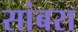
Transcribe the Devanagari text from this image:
सांबरा